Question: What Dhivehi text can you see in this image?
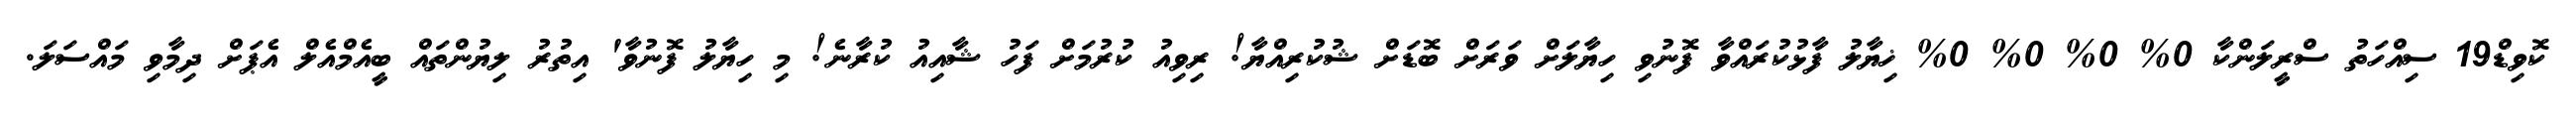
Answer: ކޮވިޑް19 ސިއްހަތު ސްރީލަންކާ 0% 0% 0% 0% ޚިޔާލު ފާޅުކުރައްވާ ފޮނުވި ހިޔާލަށް ވަރަށް ބޮޑަށް ޝުކުރިއްޔާ! ރިވިއު ކުރުމަށް ފަހު ޝާއިއު ކުރާނެ! މި ހިޔާލު ފޮނުވާ' އިތުރު ލިޔުންތައް ބީއެމްއެލް އެޕަށް ދިމާވި މައްސަލަ.